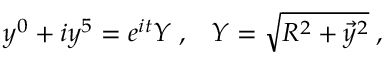
y ^ { 0 } + i y ^ { 5 } = e ^ { i t } Y \; , \; \; \; Y = \sqrt { R ^ { 2 } + \vec { y } { } ^ { 2 } } \; ,